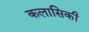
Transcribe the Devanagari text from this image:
कलासिकी